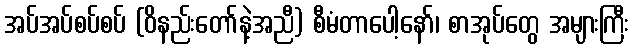
အပ်အပ်စပ်စပ် (ဝိနည်းတော်နဲ့အညီ) စီမံတာပေါ့နော်၊ စာအုပ်တွေ အများကြီး